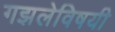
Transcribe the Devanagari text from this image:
गझलेविषयी